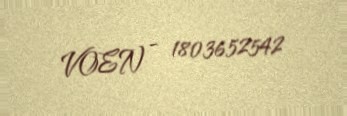
VOEN - 1803652542